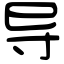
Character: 导